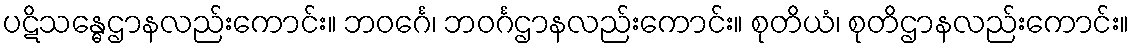
ပဋိသန္ဓေဌာနလည်းကောင်း။ ဘဝင်္ဂေ၊ ဘဝင်္ဂဌာနလည်းကောင်း။ စုတိယံ၊ စုတိဌာနလည်းကောင်း။